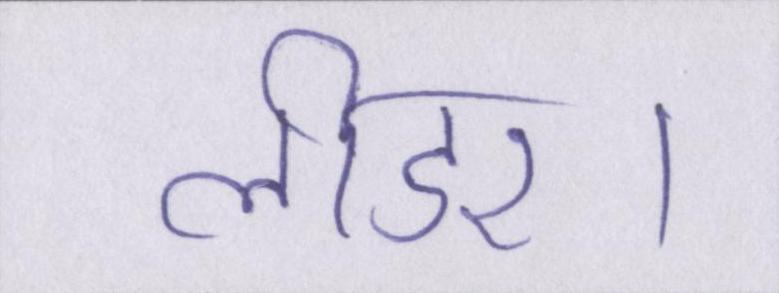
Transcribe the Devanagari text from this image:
लीडर।